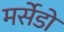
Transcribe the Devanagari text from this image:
मर्सेडो